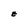
Character: E